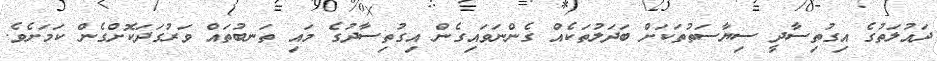
ދައުލަތުގެ އިގުތިސާދީ ސިޔާސަތުތަކަށް ބަދަލުތަކެއް ގެންނަވައިގެން އިގުތިސާދުގެ މައި ތަނބުތައް ވަރުގަދަކޮށްގެން ކަމަށެވެ.